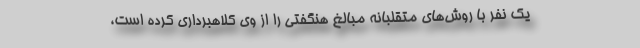
یک نفر با روش‌های متقلبانه مبالغ هنگفتی را از وی کلاهبرداری کرده است،